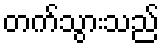
တက်သွားသည်